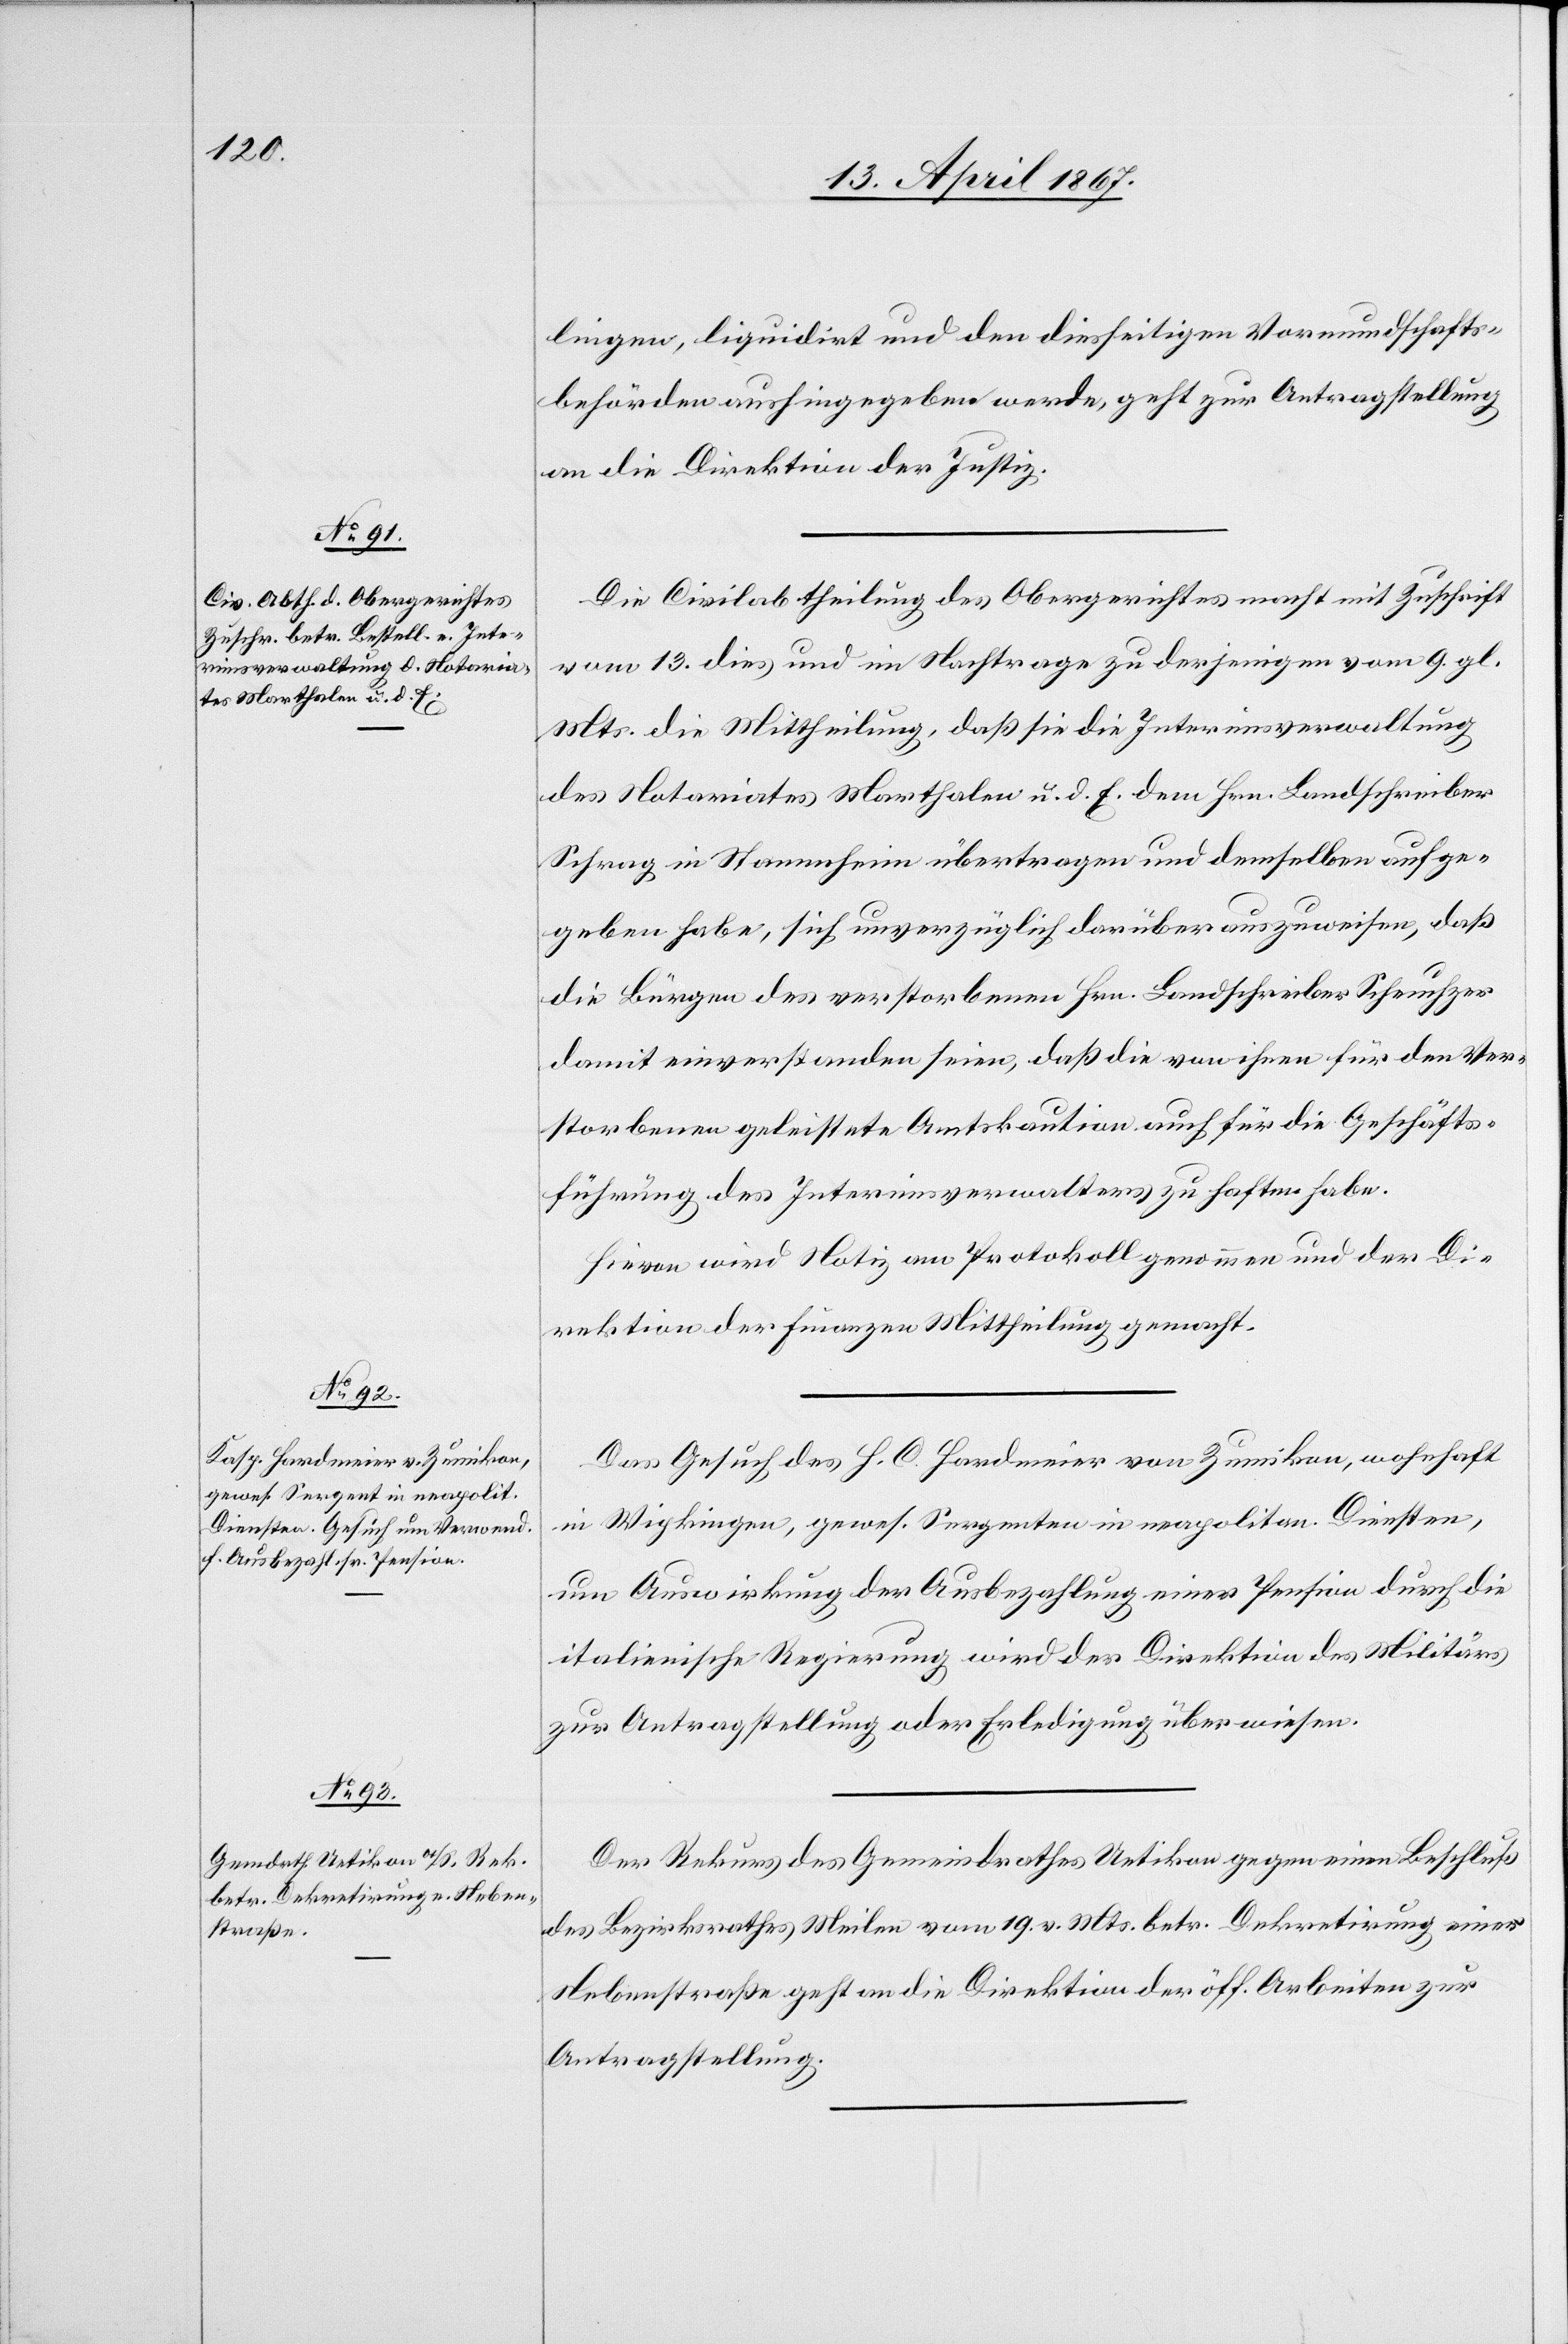
17. April 1867.]
lingen, liquidirt und den diesseitigen Vormundschafts¬
behörden aushingegeben werde, geht zur Antragstellung
an die Direktion der Justiz.
Die Civilabtheilung des Obergerichtes macht mit Zuschrift
vom 13 dies und im Nachtrage zu derjenigen vom 9. gl.
Mts die Mittheilung, daß sie die Interimsverwaltung
des Notariates Marthalen u. d. E. dem Hrn. Landschreiber
Schrag in Stammheim übertragen und demselben aufge¬
geben habe, sich unverzüglich darüber auszuweisen, daß
die Bürgen des verstorbenen Hrn. Landschreiber Scheuchzer
damit einverstanden seien, daß die von ihnen für den Ver¬
storbenen geleistete Amtskaution auch für die Geschäfts¬
führung des Interimsverwalters zu haften habe.
Hievon wird Notiz am Protokoll genommen und der Di¬
rektion der Finanzen Mittheilung gemacht.
Das Gesuch des H. C. Hardmeier von Zumikon, wohnhaft
in Wipkingen, gewes. Sergenten in neapolitan. Diensten,
um Auswirkung der Ausbezahlung seiner Pension durch die
italienische Regierung wird der Direktion des Militärs
zur Antragstellung oder Erledigung überwiesen.
Der Rekurs des Gemeindrathes Uetikon gegen einen Beschluß
des Bezirksrathes Meilen vom 19. v. Mts. betr. Dekretirung einer
Nebenstraße geht an die Direktion der öff. Arbeiten zur
Antragstellung.